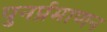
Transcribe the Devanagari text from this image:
पुनर्प्रमाणन